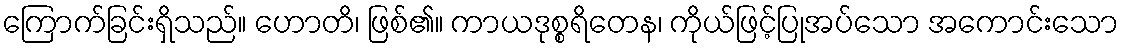
ကြောက်ခြင်းရှိသည်။ ဟောတိ၊ ဖြစ်၏။ ကာယဒုစ္စရိတေန၊ ကိုယ်ဖြင့်ပြုအပ်သော အကောင်းသော